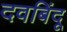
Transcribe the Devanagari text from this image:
दवबिंदू